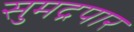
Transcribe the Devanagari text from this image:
सुमद्रपार